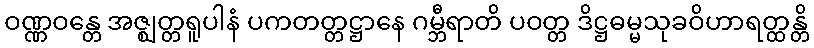
ဝဏ္ဏဝန္တေ အဇ္ဈတ္တရူပါနံ ပကတတ္တဋ္ဌာနေ ဂမ္ဘီရာတိ ပဝတ္တ ဒိဋ္ဌဓမ္မသုခဝိဟာရတ္ထန္တိ